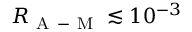
R _ { \mathrm { ~ A ~ - ~ M ~ } } \lesssim 1 0 ^ { - 3 }